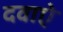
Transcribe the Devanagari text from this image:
दवाऐ